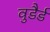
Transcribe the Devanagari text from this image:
वुडैर्ड